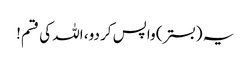
یہ (بستر) واپس کر دو، اللہ کی قسم!